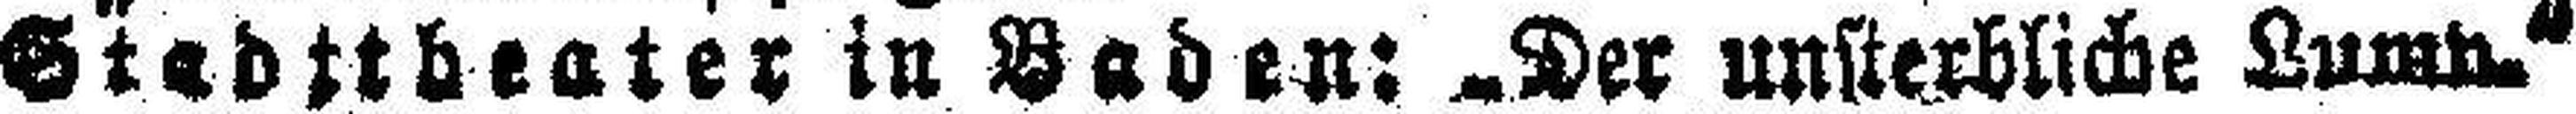
Stadttbeater in Baden: „Der unsterbliche Lum###.“